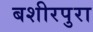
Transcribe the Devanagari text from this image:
बशीरपुरा